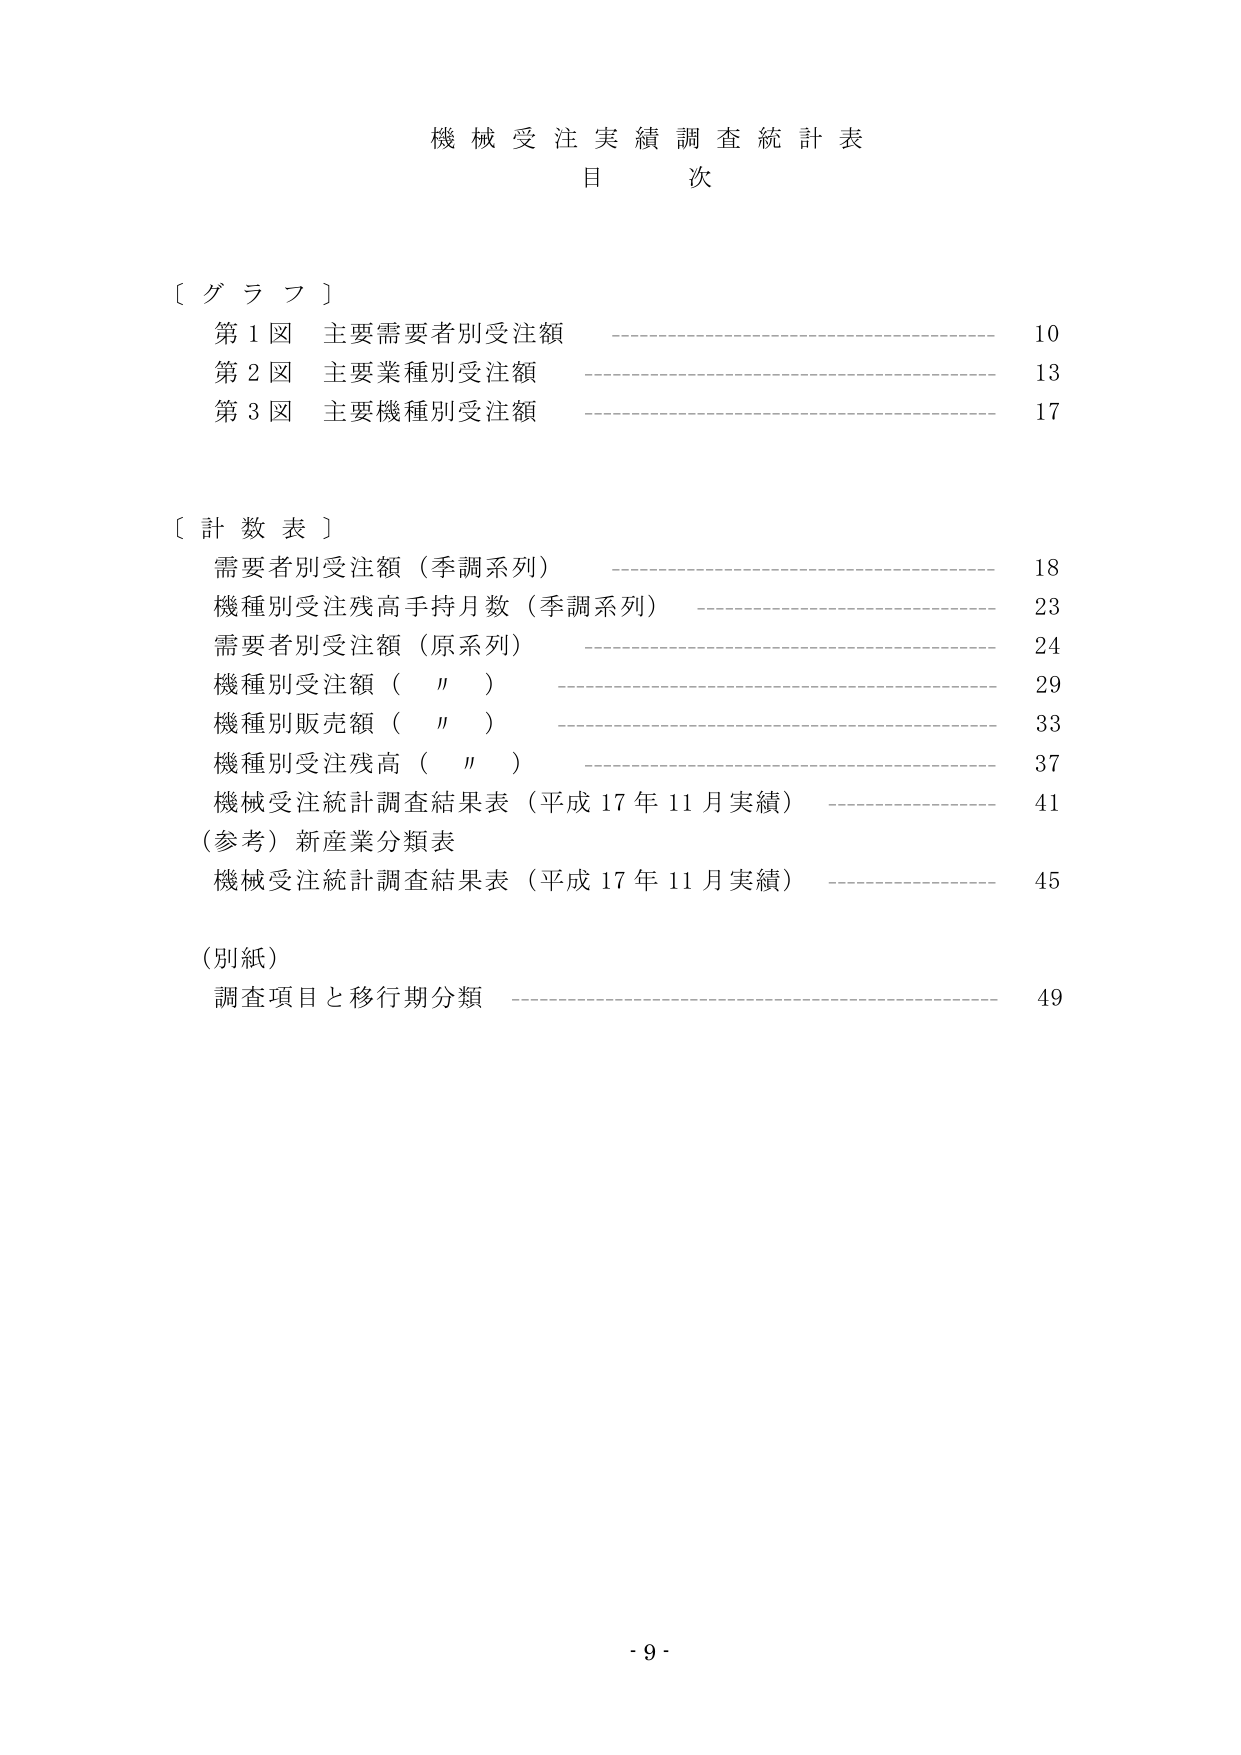
機械受注実績調査統計表
目 次

〔グラフ〕
第1図 主要需要者別受注額 10
第2図 主要業種別受注額 13
第3図 主要機種別受注額 17

〔計数表〕
需要者別受注額（季調系列） 18
機種別受注残高手持月数（季調系列） 23
需要者別受注額（原系列） 24
機種別受注額（〃） 29
機種別販売額（〃） 33
機種別受注残高（〃） 37
機械受注統計調査結果表（平成17年11月実績） 41
（参考）新産業分類表
機械受注統計調査結果表（平成17年11月実績） 45

（別紙）
調査項目と移行期分類 49

- 9 -